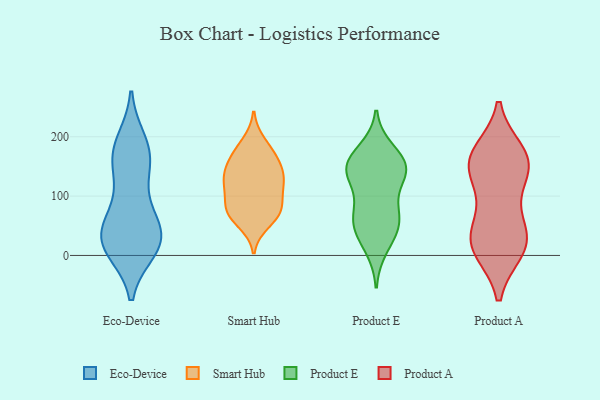
{"axis": {"x": "Population (Million)", "y": "Value"}, "legend": ["Eco-Device", "Product A", "Product E", "Smart Hub"], "data": [{"x": "", "y": 65, "type": "Eco-Device"}, {"x": "", "y": 157, "type": "Eco-Device"}, {"x": "", "y": 154, "type": "Eco-Device"}, {"x": "", "y": 20, "type": "Eco-Device"}, {"x": "", "y": 110, "type": "Eco-Device"}, {"x": "", "y": 15, "type": "Eco-Device"}, {"x": "", "y": 43, "type": "Eco-Device"}, {"x": "", "y": 24, "type": "Eco-Device"}, {"x": "", "y": 10, "type": "Eco-Device"}, {"x": "", "y": 191, "type": "Eco-Device"}, {"x": "", "y": 26, "type": "Eco-Device"}, {"x": "", "y": 176, "type": "Eco-Device"}, {"x": "", "y": 61, "type": "Eco-Device"}, {"x": "", "y": 25, "type": "Eco-Device"}, {"x": "", "y": 177, "type": "Eco-Device"}, {"x": "", "y": 70, "type": "Smart Hub"}, {"x": "", "y": 73, "type": "Smart Hub"}, {"x": "", "y": 77, "type": "Smart Hub"}, {"x": "", "y": 117, "type": "Smart Hub"}, {"x": "", "y": 121, "type": "Smart Hub"}, {"x": "", "y": 172, "type": "Smart Hub"}, {"x": "", "y": 74, "type": "Smart Hub"}, {"x": "", "y": 55, "type": "Smart Hub"}, {"x": "", "y": 140, "type": "Smart Hub"}, {"x": "", "y": 147, "type": "Smart Hub"}, {"x": "", "y": 191, "type": "Smart Hub"}, {"x": "", "y": 125, "type": "Smart Hub"}, {"x": "", "y": 172, "type": "Smart Hub"}, {"x": "", "y": 87, "type": "Smart Hub"}, {"x": "", "y": 153, "type": "Smart Hub"}, {"x": "", "y": 117, "type": "Smart Hub"}, {"x": "", "y": 144, "type": "Product E"}, {"x": "", "y": 74, "type": "Product E"}, {"x": "", "y": 77, "type": "Product E"}, {"x": "", "y": 144, "type": "Product E"}, {"x": "", "y": 140, "type": "Product E"}, {"x": "", "y": 141, "type": "Product E"}, {"x": "", "y": 58, "type": "Product E"}, {"x": "", "y": 14, "type": "Product E"}, {"x": "", "y": 159, "type": "Product E"}, {"x": "", "y": 45, "type": "Product E"}, {"x": "", "y": 46, "type": "Product E"}, {"x": "", "y": 176, "type": "Product E"}, {"x": "", "y": 146, "type": "Product E"}, {"x": "", "y": 146, "type": "Product A"}, {"x": "", "y": 169, "type": "Product A"}, {"x": "", "y": 100, "type": "Product A"}, {"x": "", "y": 28, "type": "Product A"}, {"x": "", "y": 10, "type": "Product A"}, {"x": "", "y": 173, "type": "Product A"}, {"x": "", "y": 153, "type": "Product A"}, {"x": "", "y": 13, "type": "Product A"}, {"x": "", "y": 156, "type": "Product A"}, {"x": "", "y": 52, "type": "Product A"}, {"x": "", "y": 29, "type": "Product A"}, {"x": "", "y": 150, "type": "Product A"}, {"x": "", "y": 17, "type": "Product A"}]}